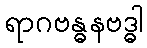
ရာဂဗန္ဓနဗဒ္ဓါ